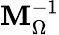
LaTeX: \textrm{\textbf{M}}_{\Omega}^{-1}